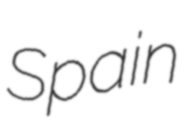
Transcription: Spain